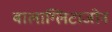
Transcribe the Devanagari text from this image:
बालाग्लिटाजोन